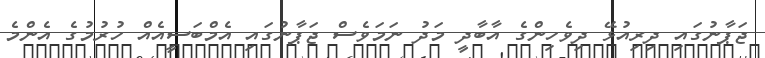
ޖަޕާނުގައި ދިރިއުޅޭ ދިވެހިންގެ އާބާދީ މަދު ނަމަވެސް ޖަޕާނުގައި އެމްބަސީއެއް ހުރުމުގެ އެންމެ